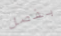
بفصل